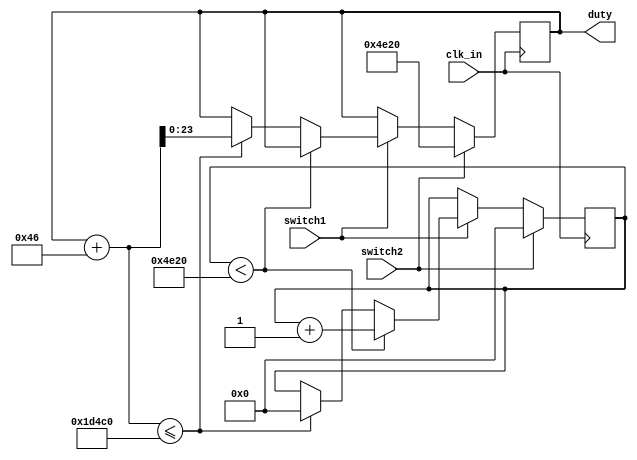
module duty(
  input clk_in,
  input switch1,
  input switch2,
  output reg [23:0] duty = 24'd0
);

  reg [23:0] duty_temp;  // Registro temporal para almacenar el valor actual de duty
  reg [15:0] counter;    // Contador para el incremento en 30000

  always @(posedge clk_in)
  begin
    // Incrementar duty_temp cuando switch1 est presionado
    if (switch1 == 1'b1)
    begin
      if (counter < 20000)
        counter <= counter + 1;
      else if (duty_temp + 70 <= 120000) // Asegurar que no supere 120000
      begin
        duty_temp <= duty_temp + 70;  // Incremento en 70
        counter <= 16'd0;
      end
    end

    // Restablecer duty_temp cuando switch2 est presionado
    if (switch2 == 1'b1)
    begin
      duty_temp <= 24'd20000; // Reiniciar desde 30000
      counter <= 16'd0;
    end
  end

  // Asignar el valor de duty_temp a duty
  always @*
  begin
    duty = duty_temp;
  end

endmodule